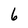
Character: 6